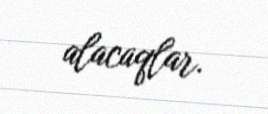
alacaqlar.